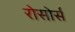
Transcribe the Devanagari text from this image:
रोसोर्स